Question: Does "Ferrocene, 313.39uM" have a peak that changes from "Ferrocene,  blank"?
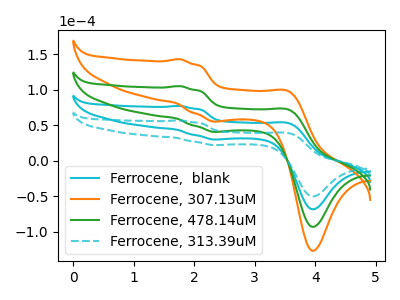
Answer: <think>The cyan curve "Ferrocene,  blank" has anodic peaks at (1.75V, 77.20uA) (3.55V, 52.50uA) and cathodic peaks at (2.40V, 29.75uA) (4.00V, -68.65uA). The orange curve "Ferrocene, 307.13uM" has anodic peaks at (1.75V, 231.60uA) (3.55V, 157.50uA) and cathodic peaks at (2.40V, 89.25uA) (4.00V, -205.95uA). The green curve "Ferrocene, 478.14uM" has anodic peaks at (1.75V, 154.40uA) (3.55V, 105.00uA) and cathodic peaks at (2.40V, 59.50uA) (4.00V, -137.30uA). The cyan dashed curve "Ferrocene, 313.39uM" has anodic peaks at (1.75V, 56.75uA) (3.55V, 38.60uA) and cathodic peaks at (2.40V, 21.85uA) (4.00V, -50.45uA).
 All the peaks in "Ferrocene, 313.39uM" have a peak in "Ferrocene,  blank" at the same potential.</think>
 <answer>No, "Ferrocene, 313.39uM" and "Ferrocene,  blank" don't appear to be significantly different in shape</answer>
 <eval>no_change</eval>